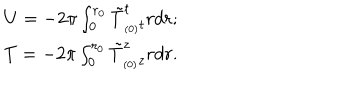
\begin{array} { l l } { { U = - 2 \pi \int _ { 0 } ^ { r _ { 0 } } \tilde { T } _ { _ { ( 0 ) } t } ^ { t } r d r ; } } \\ { { T = - 2 \pi \int _ { 0 } ^ { r _ { 0 } } \tilde { T } _ { _ { ( 0 ) } z } ^ { z } r d r . } } \\ \end{array}